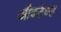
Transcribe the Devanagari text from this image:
औक्टेव्स